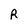
Character: R